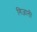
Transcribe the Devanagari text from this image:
गिज़ाली